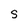
Character: S